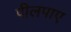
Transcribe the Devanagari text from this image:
पीलपाए